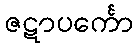
ဇဋာပင်္ကော